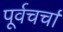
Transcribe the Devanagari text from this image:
पूर्वचर्चा